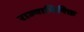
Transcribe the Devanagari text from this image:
राज्याभिषिक्त